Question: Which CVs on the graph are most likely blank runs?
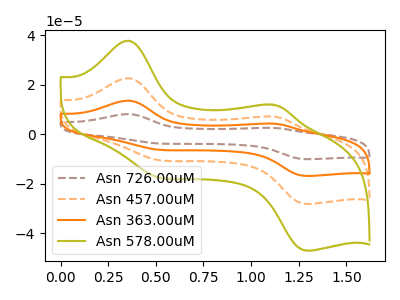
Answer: <think>The brown dashed curve "Asn 726.00uM" has anodic peaks at (0.35V, 68.00uA) (1.10V, 21.55uA) and cathodic peaks at (0.50V, -30.50uA) (1.30V, -84.50uA). The orange dashed curve "Asn 457.00uM" has anodic peaks at (0.35V, 22.65uA) (1.10V, 7.20uA) and cathodic peaks at (0.50V, -10.15uA) (1.30V, -28.15uA). The orange curve "Asn 363.00uM" has anodic peaks at (0.35V, 45.30uA) (1.10V, 14.35uA) and cathodic peaks at (0.50V, -20.35uA) (1.30V, -56.35uA). The olive curve "Asn 578.00uM" has anodic peaks at (0.35V, 37.85uA) (1.10V, 12.00uA) and cathodic peaks at (0.50V, -17.00uA) (1.30V, -47.05uA).</think>
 <answer>There are not any CV's on this graph that are likely to be blanks.</answer>
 <eval>none</eval>